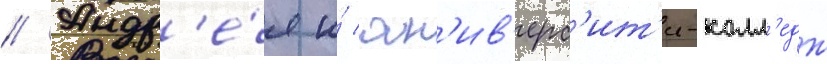
// Андр'е́я и́ юн'ив'ерс'ит'и-колл'едж